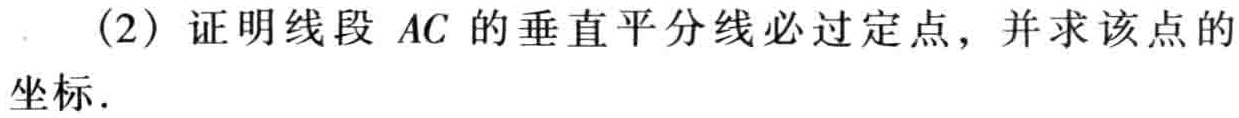
(2) 证明线段 \(AC\) 的垂直平分线必过定点，并求该点的坐标.